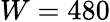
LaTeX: W=480